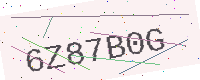
Text: 6Z87B0G